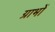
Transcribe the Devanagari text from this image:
ग्राभों